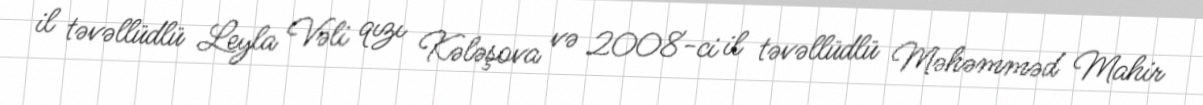
il təvəllüdlü Leyla Vəli qızı Kələşova və 2008-ci il təvəllüdlü Məhəmməd Mahir